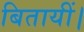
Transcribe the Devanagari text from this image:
बितायीं।